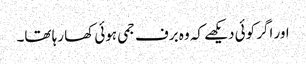
اور اگر کوئی دیکھے کہ وہ برف جمی ہوئی کھا رہا تھا۔